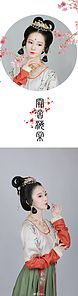
千娇面盈盈伫立，无言有泪，断肠争忍回顾。